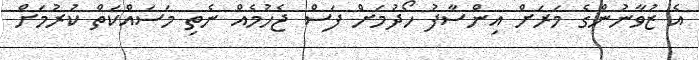
އެ ޒުވާނުންގެ މަރަށް އިންސާފު ހޯދުމަށް ފަސް ޖެހުމެއް ނެތި މަސައްކަތް ކުރުމަށް